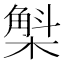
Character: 𣘳